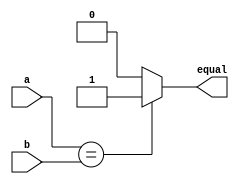
module compare_2_bit (equal,a,b);
	input [1:0]a,b;
	output equal;
	
	assign equal=(a==b)? 1:0;
	//10

endmodule